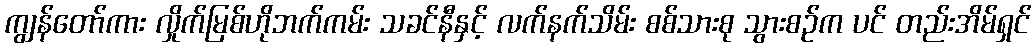
ကျွန်တော်ကား လှိုက်မြစ်ဟိုဘက်ကမ်း သခင်နီနှင့် လက်နက်သိမ်း စစ်သားစု သွားစဉ်က ပင် တည်းအိမ်ရှင်